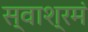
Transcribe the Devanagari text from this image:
स्वाश्रमं